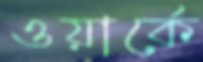
ওয়ার্কে